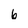
Character: 6